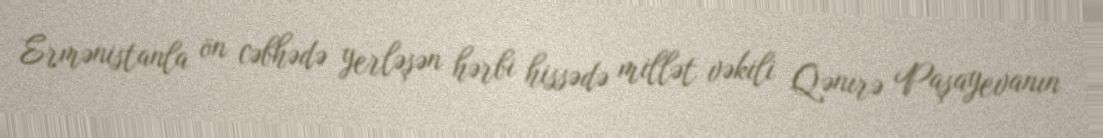
Ermənistanla ön cəbhədə yerləşən hərbi hissədə millət vəkili Qənirə Paşayevanın